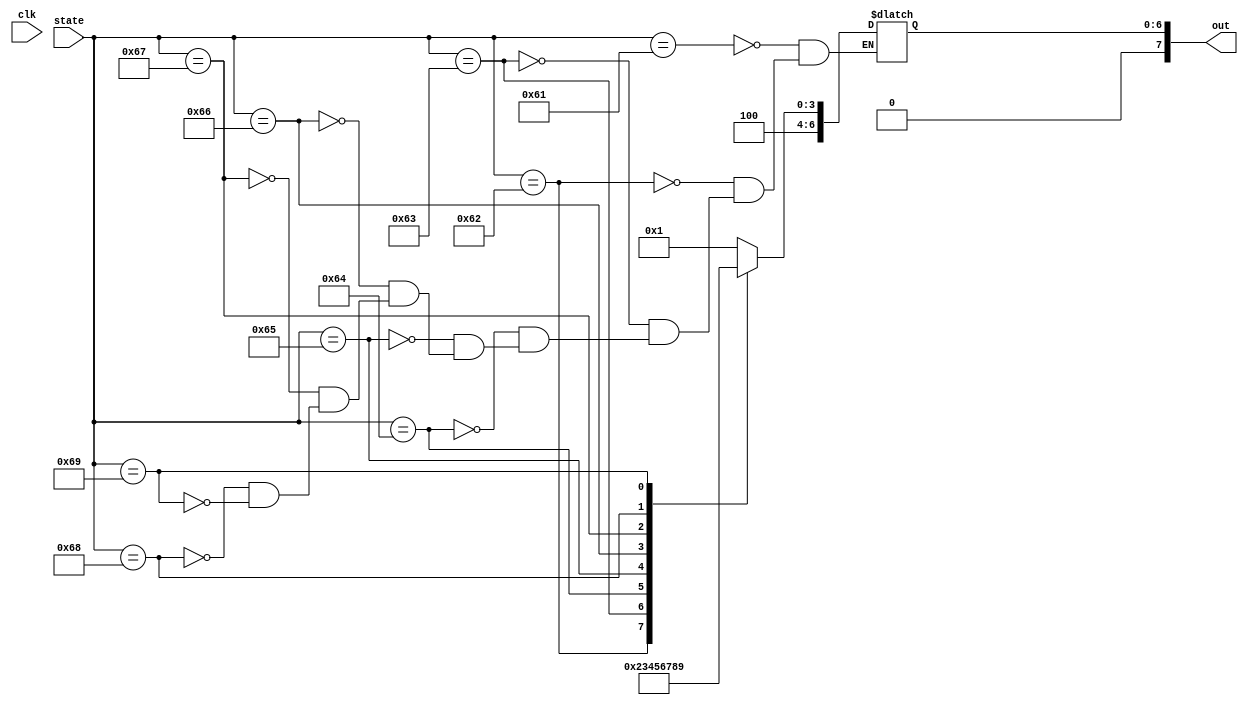
`timescale 1ns / 1ps

module lowercase_to_uppercase(clk,state,out);
    input clk;
    input [7:0] state;
    output reg [7:0] out;
    
    initial out=8'h00;
    
    always @(clk)
    case(state)
        8'h61 : out=8'h41; //a-->A
        8'h62 : out=8'h42; //b-->B
        8'h63 : out=8'h43; //c-->C 
        8'h64 : out=8'h44; //d-->D
        8'h65 : out=8'h45; //e-->E
        8'h66 : out=8'h46; //f-->F 
        8'h67 : out=8'h47; //g-->G
        8'h68 : out=8'h48; //h-->H
        8'h69 : out=8'h49; //i-->I
    endcase
endmodule